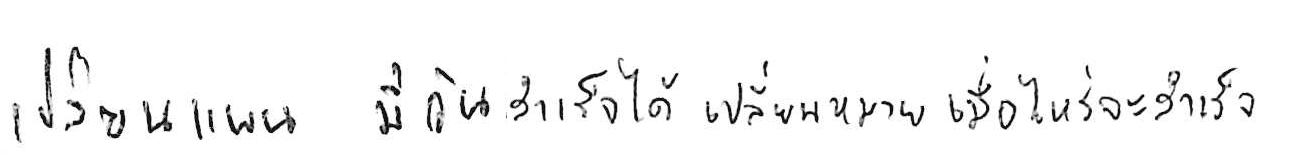
เปลี่ยนแผน มีวันสำเร็จได้ เปลี่ยนเป้าหมาย เมื่อไหร่จะสำเร็จ